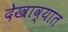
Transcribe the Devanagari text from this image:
देखाव्यात